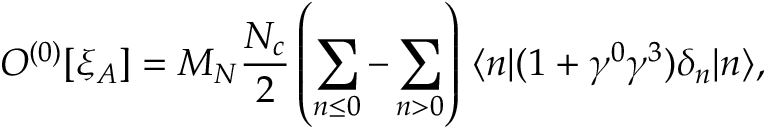
O ^ { ( 0 ) } [ \xi _ { A } ] = M _ { N } \frac { N _ { c } } { 2 } \left( \sum _ { n \leq 0 } - \sum _ { n > 0 } \right) \, \langle n \vert ( 1 + \gamma ^ { 0 } \gamma ^ { 3 } ) \delta _ { n } \vert n \rangle ,